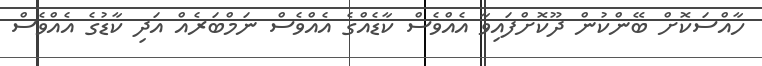
ހާއްސަކޮށް ބޭންކުން ދޫކޮށްފައިވާ އެއްވެސް ކާޑެއްގެ އެއްވެސް ނަމްބަރެއް އަދި ކާޑުގެ އެއްވެސް